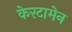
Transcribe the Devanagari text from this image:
केरटामेन